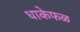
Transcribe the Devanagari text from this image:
धाकेफळ